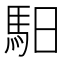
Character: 馹